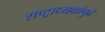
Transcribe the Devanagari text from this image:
राष्ट्राध्यक्षांपुढे